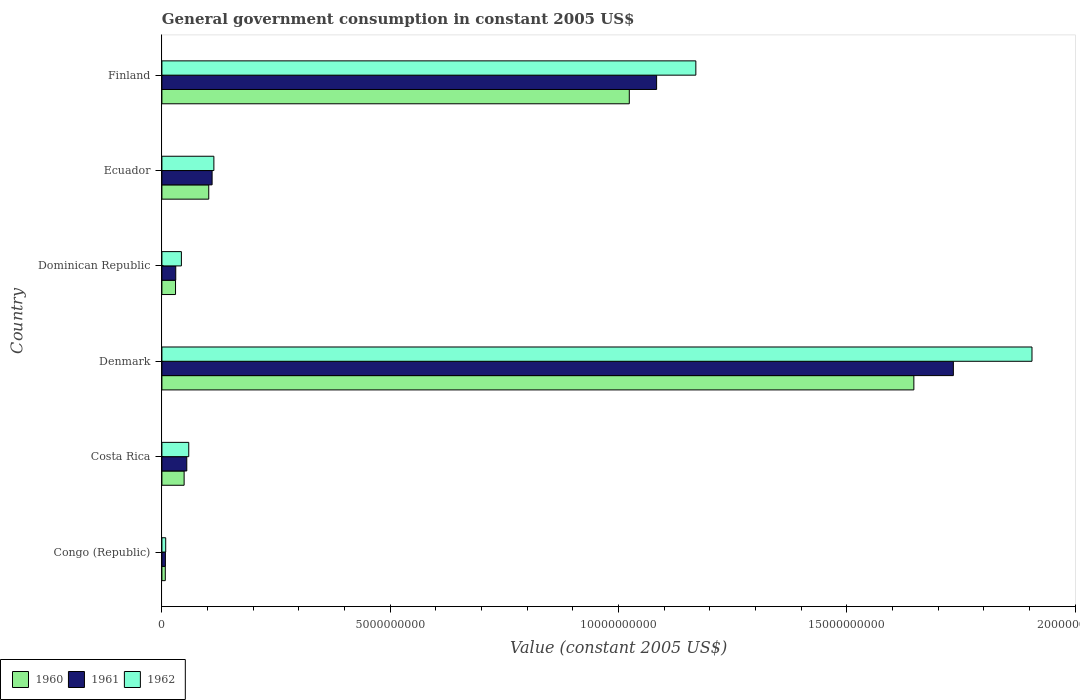
| Country | 1960 | 1961 | 1962 |
 | --- | --- | --- | --- |
 | Congo (Republic) | 7.44e+07 | 7.67e+07 | 8.33e+07 |
 | Costa Rica | 4.87e+08 | 5.45e+08 | 5.88e+08 |
 | Denmark | 1.65e+10 | 1.73e+10 | 1.91e+10 |
 | Dominican Republic | 2.99e+08 | 3.03e+08 | 4.27e+08 |
 | Ecuador | 1.03e+09 | 1.1e+09 | 1.14e+09 |
 | Finland | 1.02e+10 | 1.08e+10 | 1.17e+10 |